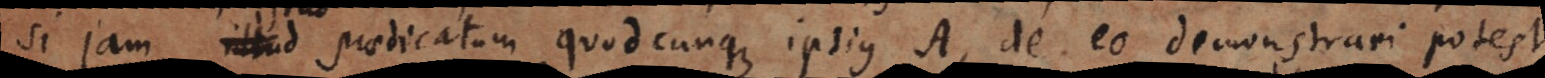
si jam istud praedicatum quodcunque ipsius A, de eo demonstrari potest